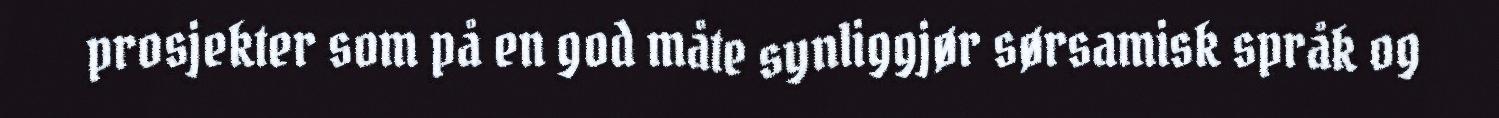
prosjekter som på en god måte synliggjør sørsamisk språk og